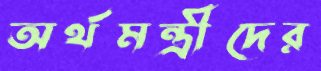
অর্থমন্ত্রীদের